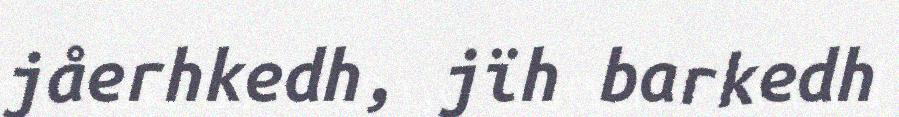
jåerhkedh, jïh barkedh